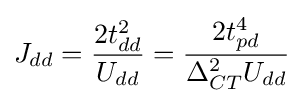
J_{dd}={\frac {2t_{dd}^{2}}{U_{dd}}}={\cfrac {2t_{pd}^{4}}{\Delta _{CT}^{2}U_{dd}}}